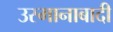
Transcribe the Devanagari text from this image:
उस्मानाबादी